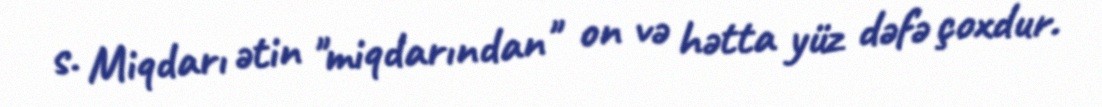
s. Miqdarı ətin "miqdarından" on və hətta yüz dəfə çoxdur.